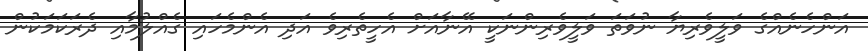
އަންހެނެއްގެ ވަލީވެރިޔާ ނުވަތަ ވަލީވެރިންނަކީ އޭނާއަށް އެހީތެރިވެ އަދި އެންމެހައި ގެއްލުމާއި ދެރަކަމަކުން